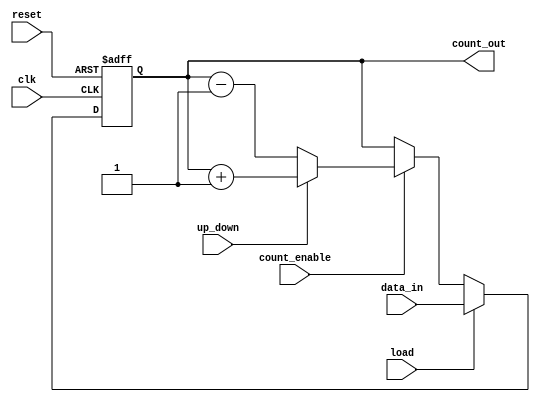
module synchronous_load_counter (
    input wire clk,              // Clock input
    input wire reset,            // Asynchronous reset input
    input wire load,             // Load control signal
    input wire [N-1:0] data_in,  // Data input for loading
    input wire count_enable,      // Count enable signal
    input wire up_down,          // Up/Down control signal (1 for increment, 0 for decrement)
    output reg [N-1:0] count_out // Counter output
);

parameter N = 8; // Define the size of the counter (8 bits)

// Asynchronous reset and synchronous operations
always @(posedge clk or posedge reset) begin
    if (reset) begin
        count_out <= 0; // Reset counter to 0
    end else if (load) begin
        count_out <= data_in; // Load new value
    end else if (count_enable) begin
        if (up_down) begin
            count_out <= count_out + 1; // Increment
        end else begin
            count_out <= count_out - 1; // Decrement
        end
    end
end

endmodule